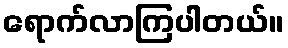
ရောက်လာကြပါတယ်။